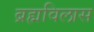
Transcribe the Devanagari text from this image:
ब्रह्मविलास